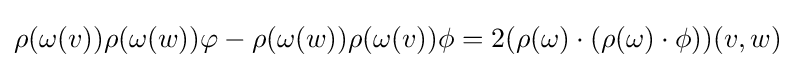
\rho (\omega (v))\rho (\omega (w))\varphi -\rho (\omega (w))\rho (\omega (v))\phi =2(\rho (\omega )\cdot (\rho (\omega )\cdot \phi ))(v,w)